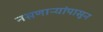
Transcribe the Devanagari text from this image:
नसणाऱ्यांपासून